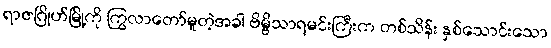
ရာဇဂြိုဟ်မြို့ကို ကြွလာတော်မူတဲ့အခါ ဗိမ္ဗိသာရမင်းကြီးက တစ်သိန်း နှစ်သောင်းသော